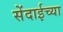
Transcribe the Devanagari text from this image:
सेंदाईच्या